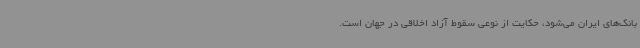
بانک‌های ایران می‌شود، حکایت از نوعی سقوط آزاد اخلاقی در جهان است.